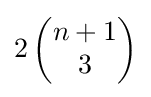
2\left({\begin{matrix}n+1\\3\end{matrix}}\right)